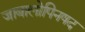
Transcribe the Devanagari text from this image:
जाबालोपिनषद